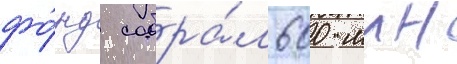
фо́нд собра́л 600 млн